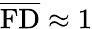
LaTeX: \overline{\mathrm{FD}}\approx 1